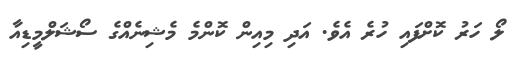
ލޯ ހަރު ކޮށްފައި ހުރެ އެވެ. އަދި މިއިން ކޮންމެ މެޝިނެއްގެ ސޯޝަލްމީޑިއާ